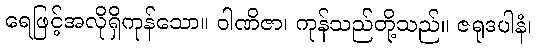
ရေဖြင့်အလိုရှိကုန်သော။ ဝါဏိဇာ၊ ကုန်သည်တို့သည်။ ဇရုဒပါနံ၊